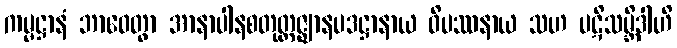
ကမ္မဋ္ဌာနံ ဘာဝေတွာ အာနာပါနစတုတ္ထဇ္ဈာနပဒဋ္ဌာနာယ ဝိပဿနာယ သဟ ပဋိသမ္ဘိဒါဟိ